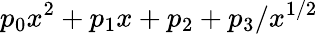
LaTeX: p_{0}x^{2}+p_{1}x+p_{2}+p_{3}/x^{1/2}